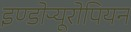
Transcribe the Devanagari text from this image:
इण्डोऱ्यूरोपियन